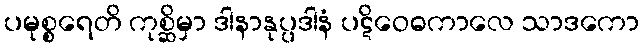
ပမုစ္စရေတိ ကုစ္ဆိမှာ ဒါနာနုပ္ပဒါနံ ပဋိဝေဓကာလေ သာဒကော